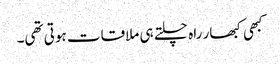
کبھی کبھار راہ چلتے ہی ملاقات ہوتی تھی۔